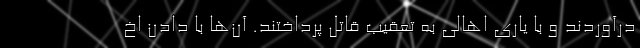
درآوردند و با یاری اهالی به تعقیب قاتل پرداختند. آن‌ها با دادن اخ